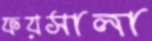
ফয়সালা